Plague in India, 1896, 1897 - Volume 1
Year: 1896
Disease focus: Plague
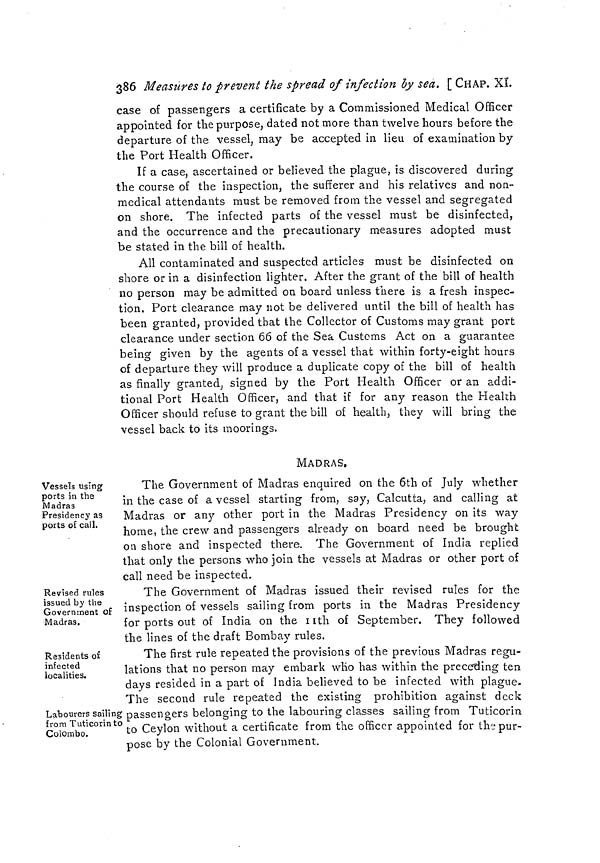
386 Measures to prevent the spread of infection by sea. [ CHAP. XL
case of passengers a certificate by a Commissioned Medical Officer
appointed for the purpose, dated not more than twelve hours before the
departure of the vessel, may be accepted in lieu of examination by
the Port Health Officer.
If a case, ascertained or believed the plague, is discovered during
the course of the inspection, the sufferer and his relatives and non-
medical attendants must be removed from the vessel and segregated
on shore. The infected parts of the vessel must be disinfected,
and the occurrence and the precautionary measures adopted must
be stated in the bill of health.
All contaminated and suspected articles must be disinfected on
shore or in a disinfection lighter. After the grant of the bill of health
no person may be admitted on board unless there is a fresh inspec-
tion. Port clearance may not be delivered until the bill of health has
been granted, provided that the Collector of Customs may grant port
clearance under section 66 of the Sea Customs Act on a guarantee
being given by the agents of a vessel that within forty-eight hours
of departure they will produce a duplicate copy of the bill of health
as finally granted; signed by the Port Health Officer or an addi-
tional Port Health Officer, and that if for any reason the Health
Officer should refuse to grant the bill of health, they will bring the
vessel back to its moorings.
MADRAS.
Vessels using
ports in the
Madras
Presidency as
ports of call.
The Government of Madras enquired on the 6th of July whether
in the case of a vessel starting from, say, Calcutta, and calling at
Madras or any other port in the Madras Presidency on its way
home, the crew and passengers already on board need be brought
on shore and inspected there. The Government of India replied
that only the persons who join the vessels at Madras or other port of
call need be inspected.
Revised rules
issued by the
Government of
Madras.
The Government of Madras issued their revised rules for the
inspection of vessels sailing from ports in the Madras Presidency
for ports out of India on the nth of September. They followed
the lines of the draft Bombay rules.
Residents of
infected
localities.
Labourers sailing
from Tuticorin to
Colombo.
The first rule repeated the provisions of the previous Madras regu-
lations that no person may embark who has within the preceding ten
days resided in a part of India believed to be infected with plague.
The second rule repeated the existing prohibition against deck
passengers belonging to the labouring classes sailing from Tuticorin.
to Ceylon without a certificate from the officer appointed for the pur-
pose by the Colonial Government.